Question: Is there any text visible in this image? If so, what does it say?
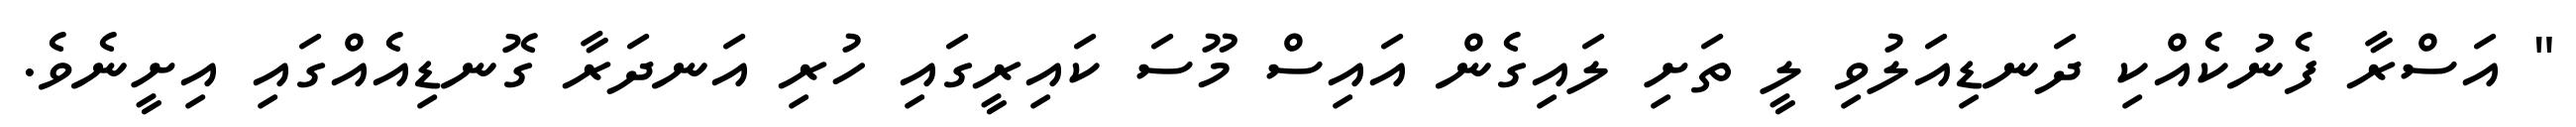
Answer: " އަސްރާ ފެނުކެއްކި ދަނޑިއަލުވި ލީ ތަށި ލައިގެން އައިސް މޫސަ ކައިރީގައި ހުރި އަނދަރާ ގޮނޑިއެއްގައި އިށީނެވެ.